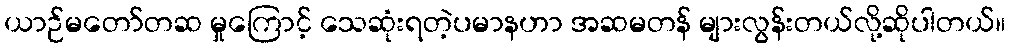
ယာဉ်မတော်တဆ မှုကြောင့် သေဆုံးရတဲ့ပမာနဟာ အဆမတန် များလွန်းတယ်လို့ဆိုပါတယ်။